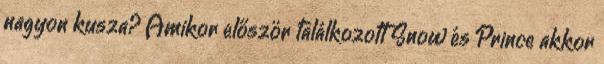
nagyon kusza? Amikor először találkozott Snow és Prince akkor